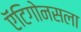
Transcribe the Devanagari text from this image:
ऍंटिगोनसला